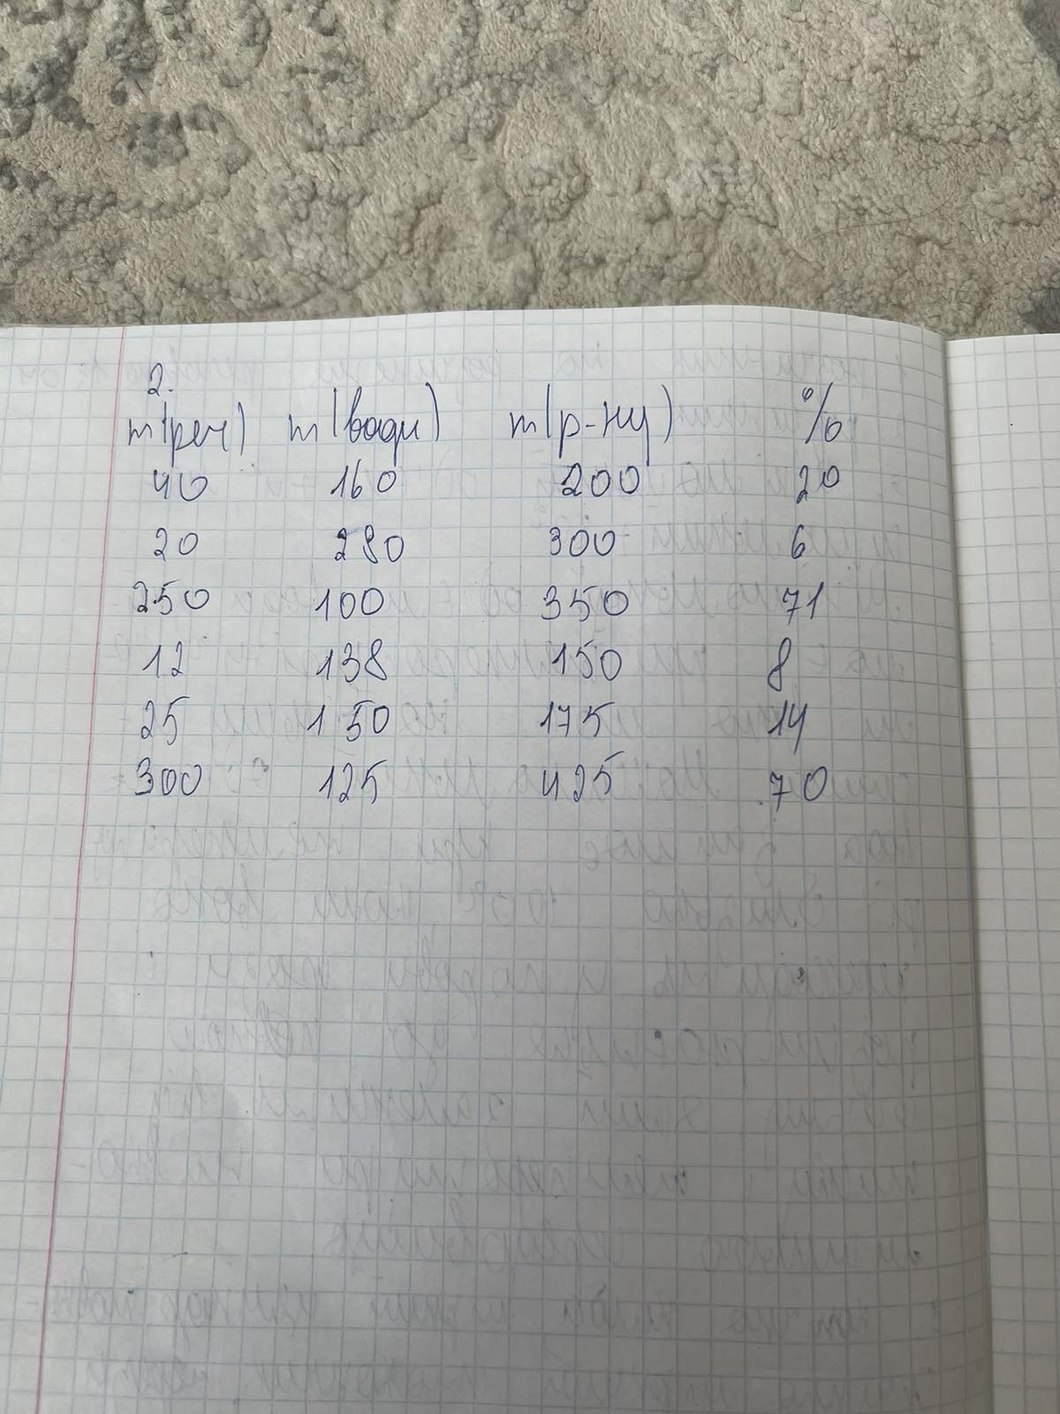
m(реч)|m(води)|m(р-ну)|%
40|160|200|20
20|280|300|6
250|100|350|71
12|138|150|8
25|150|175|14
300|125|425|70